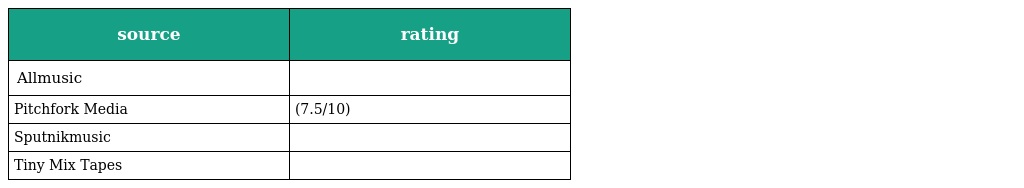
| source | rating |
 | --- | --- |
 | Allmusic |  |
 | Pitchfork Media | (7.5/10) |
 | Sputnikmusic |  |
 | Tiny Mix Tapes |  |